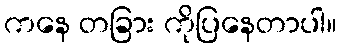
ကနေ တခြား ကိုပြနေတာပါ။